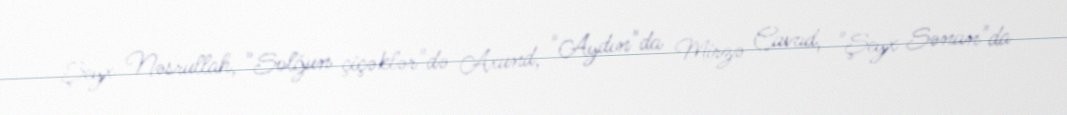
Şeyx Nəsrullah, "Solğun çiçəklər"də Axund, "Aydın"da Mirzə Cavad, "Şeyx Sənan"da